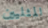
المثليين